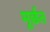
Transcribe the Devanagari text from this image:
मूर्छत